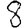
Digit: 8